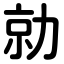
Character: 勍